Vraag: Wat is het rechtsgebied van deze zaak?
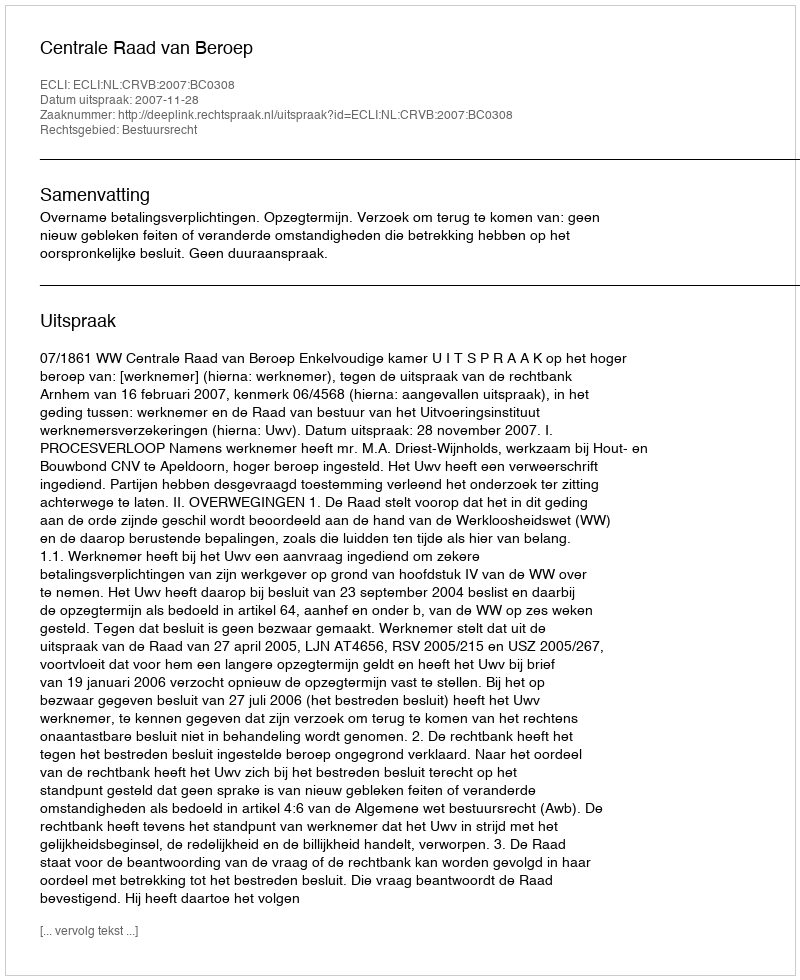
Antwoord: Bestuursrecht